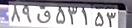
۸۹ق۵۳۱۵۳